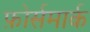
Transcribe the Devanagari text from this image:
फ़ोर्समार्क